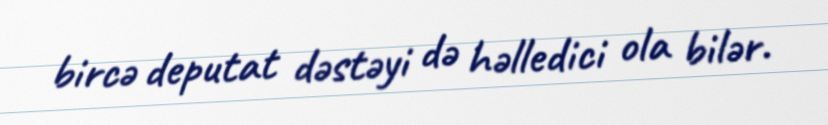
bircə deputat dəstəyi də həlledici ola bilər.